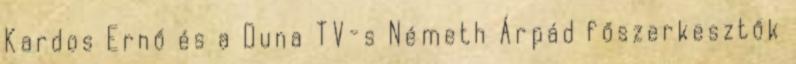
Kardos Ernő és a Duna TV-s Németh Árpád főszerkesztők